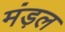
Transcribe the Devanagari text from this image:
मंड़ल